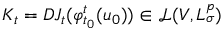
K _ { t } = D J _ { t } ( \varphi _ { t _ { 0 } } ^ { t } ( u _ { 0 } ) ) \in \mathcal { L } ( V , L _ { \sigma } ^ { p } )